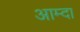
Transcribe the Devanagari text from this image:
आम्दा